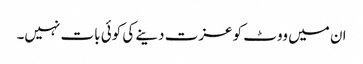
ان میں ووٹ کو عزت دینے کی کوئی بات نہیں۔